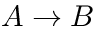
A \to B